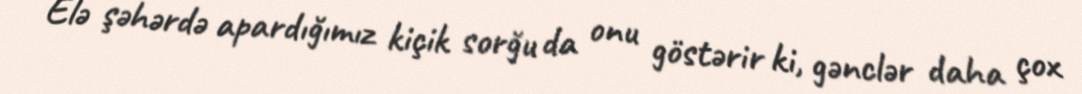
Elə şəhərdə apardığımız kiçik sorğu da onu göstərir ki, gənclər daha çox